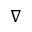
\nabla